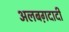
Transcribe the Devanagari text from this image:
अलबग़दादी